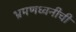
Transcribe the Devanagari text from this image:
भ्रमणध्वनीची